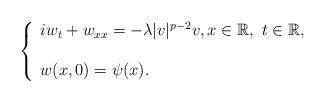
LaTeX: \begin{align*}\left \{ \begin{array}{l} iw_t +w_{xx} =-\lambda |v|^{p-2} v, x\in \mathbb{R} , \ t\in \mathbb{R},\\ \\ w(x,0) =\psi (x).\end{array}\right.\end{align*}